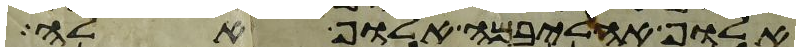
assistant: אלוף אהליבמה אלוף אלה